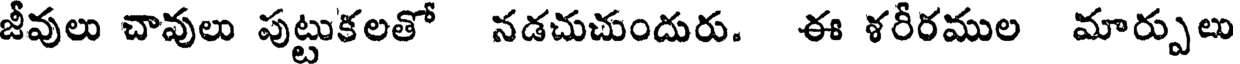
జీవులు చావులు పుట్టుకలతో నడచుచుందురు. ఈ ళరీరముల మార్పులు